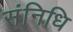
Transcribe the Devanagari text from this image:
संनिधि